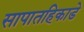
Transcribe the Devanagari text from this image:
सापातहिकाडे